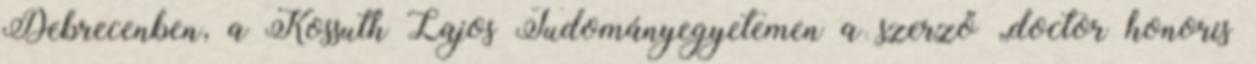
Debrecenben, a Kossuth Lajos Tudományegyetemen a szerző „doctor honoris